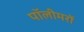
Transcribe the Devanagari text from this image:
पॉलीमरों